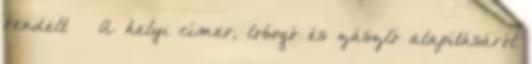
rendelt – A helyi címer, lobogó és zászló alapításáról